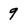
Character: 9